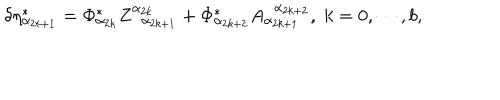
LaTeX: \delta \eta _ { \alpha _ { 2 k + 1 } } ^ { * } = \Phi _ { \alpha _ { 2 k } } ^ { * } Z _ { \; \; \alpha _ { 2 k + 1 } } ^ { \alpha _ { 2 k } } + \Phi _ { \alpha _ { 2 k + 2 } } ^ { * } A _ { \alpha _ { 2 k + 1 } } ^ { \; \; \alpha _ { 2 k + 2 } } , \; k = 0 , \cdots , b ,